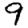
Digit: 9